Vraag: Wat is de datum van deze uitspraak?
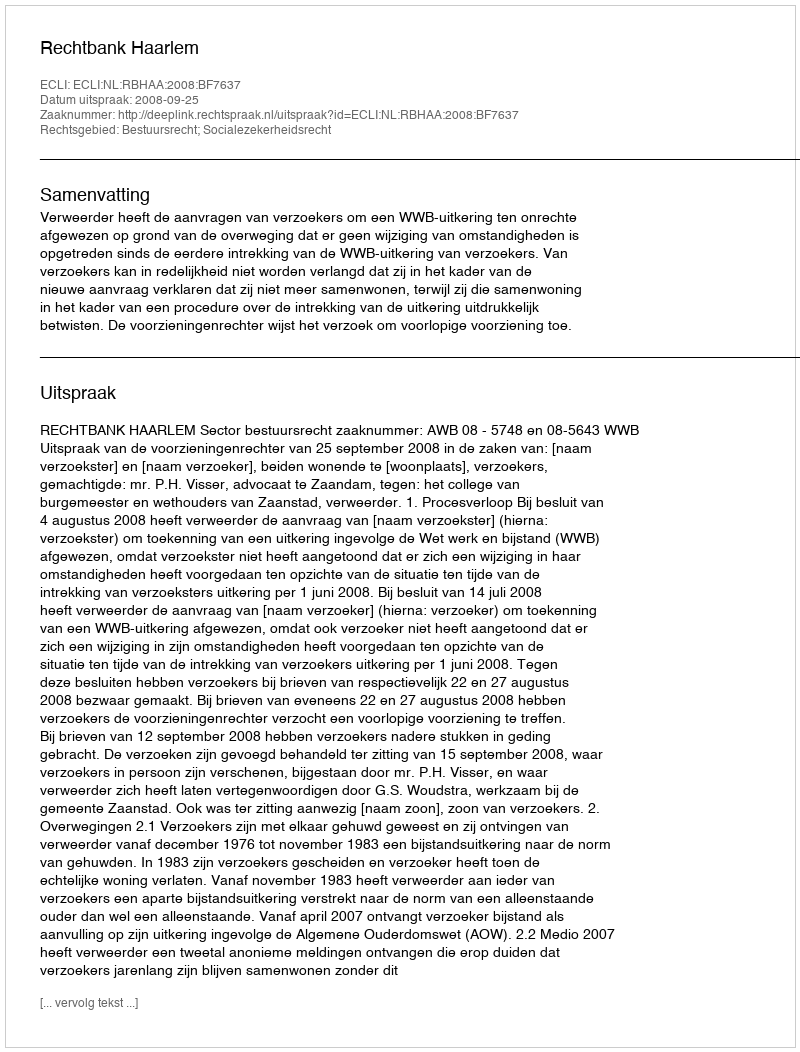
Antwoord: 2008-09-25